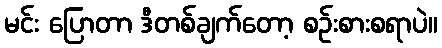
မင်း ပြောတာ ဒီတစ်ချက်တော့ စဉ်းစားစရာပဲ။